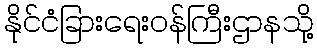
နိုင်ငံခြားရေးဝန်ကြီးဌာနသို့